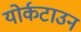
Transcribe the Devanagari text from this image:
योर्कटाउन